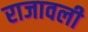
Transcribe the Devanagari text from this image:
राजावली